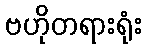
ဗဟိုတရားရုံး